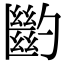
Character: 𠤉